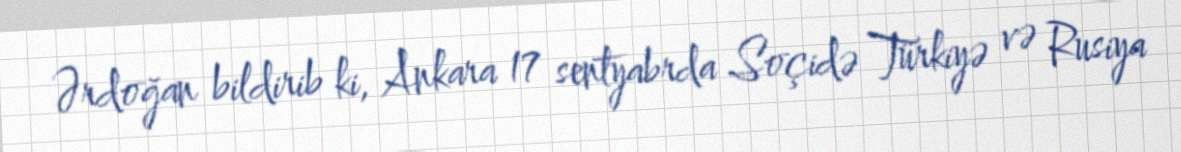
Ərdoğan bildirib ki, Ankara 17 sentyabrda Soçidə Türkiyə və Rusiya